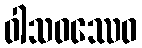
ဝါသဝဿေဝ